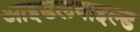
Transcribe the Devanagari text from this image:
आइडलवाइल्ड